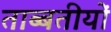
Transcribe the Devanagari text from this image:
ताब्बतीयों